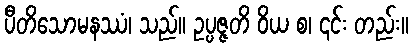
ပီတိသောမနဿံ၊ သည်။ ဥပ္ပဇ္ဇတိ ဝိယ စ၊ ၎င်း တည်း။